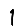
Digit: 1